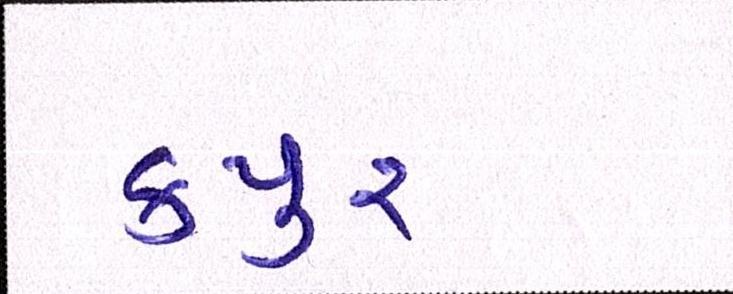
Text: કપુર